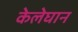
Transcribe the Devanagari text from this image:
केलेघान